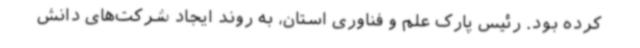
کرده بود. رئیس پارک علم و فناوری استان، به روند ایجاد شرکت‌های دانش